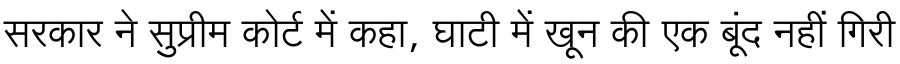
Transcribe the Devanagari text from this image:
सरकार ने सुप्रीम कोर्ट में कहा, घाटी में खून की एक बूंद नहीं गिरी